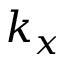
k _ { x }